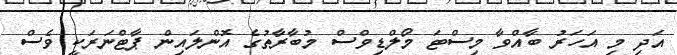
އަދި މި އަހަރު ބާއްވާ މިސްޓަ މޯލްޑިވްސް މުބާރާތުގެ އޮންލައިން ޕާޓްނަރަކީ ވެސް